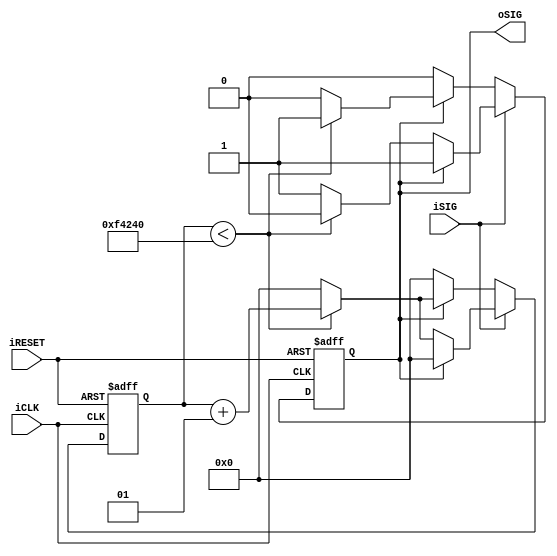
module debounce # (
  parameter pCLKS = 32'd 1_000_000) // around 20-50ms works OK for a button; 2-10us could work for an asynchronous machine source
(
  input iCLK,
  input iRESET, // active high reset
  input iSIG,
  output reg oSIG
);

integer debounceCtr = 0;

always @(posedge iCLK or posedge iRESET) begin
    if (iRESET)
    begin
        debounceCtr <= 0;
        oSIG <= 0;
    end
    else if (iSIG)
    begin // iSIG trying to go high
        if (!oSIG)
        begin // output low, increment counter
            if (debounceCtr < pCLKS)
            begin
                debounceCtr <= debounceCtr + 1;
                oSIG <= 0;
            end
            else
            begin
                debounceCtr <= 0;
                oSIG <= 1;
            end
        end
        else
        begin // output already high, do nothing
            debounceCtr <= 0;
        end
    end
    else
    begin // iSIG trying to go low
        if (oSIG)
        begin
            if (debounceCtr < pCLKS)
            begin // output high, increment counter
                debounceCtr <= debounceCtr + 1;
                oSIG <= 1;
            end
            else
            begin
                debounceCtr <= 0;
                oSIG <= 0;
            end
        end
        else
        begin // output already low, do nothing
            debounceCtr <= 0;
        end
    end
end

endmodule